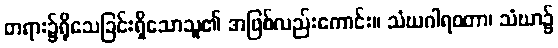
တရား၌ရိုသေခြင်းရှိသောသူ၏ အဖြစ်လည်းကောင်း။ သံဃဂါရဝတာ၊ သံဃာ၌